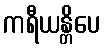
ကရီယန္တိပေ